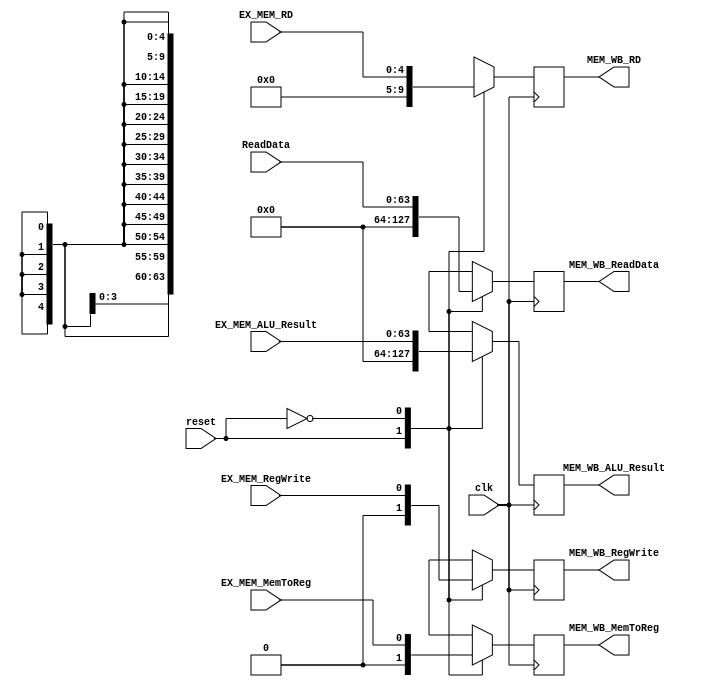
`timescale 1ns / 1ps

module MEM_WB(clk, reset, 

EX_MEM_RegWrite, EX_MEM_MemToReg, // input control signals
ReadData, EX_MEM_ALU_Result, EX_MEM_RD, // inputs

MEM_WB_RegWrite, MEM_WB_MemToReg, // output control signals
MEM_WB_ReadData, MEM_WB_ALU_Result, MEM_WB_RD  // outputs
);

//inputs
input clk, reset, EX_MEM_RegWrite, EX_MEM_MemToReg; // 1 bit
input [4:0] EX_MEM_RD; // 5 bits
input [63:0] ReadData, EX_MEM_ALU_Result; // 64 bits

//outputs
output reg MEM_WB_RegWrite, MEM_WB_MemToReg; // 1 bit
output reg [4:0] MEM_WB_RD; //  5 bits
output reg [63:0] MEM_WB_ReadData, MEM_WB_ALU_Result; // 64 bits

//Assigning values
  always @(posedge clk) // triggers re-evaluation
  begin

    case(reset)
          1'b1: //reset on
            begin
                MEM_WB_RegWrite <= 0;
                MEM_WB_MemToReg <= 0;
                MEM_WB_ReadData <= 0;
                MEM_WB_ALU_Result <= 0;
                MEM_WB_RD <= 0;
            end

          1'b0: // reset off
            begin
                MEM_WB_RegWrite <= EX_MEM_RegWrite;
                MEM_WB_MemToReg <= EX_MEM_MemToReg;
                MEM_WB_ReadData <= ReadData;
                MEM_WB_ALU_Result <= EX_MEM_ALU_Result;
                MEM_WB_RD <=  EX_MEM_RD;
            end
   endcase

end
endmodule